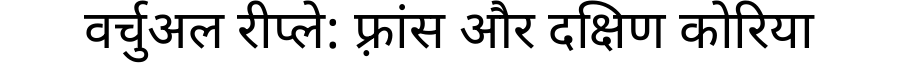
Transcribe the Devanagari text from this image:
वर्चुअल रीप्ले: फ़्रांस और दक्षिण कोरिया